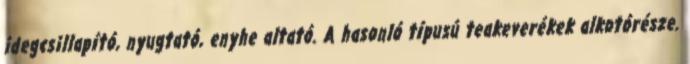
idegcsillapító, nyugtató, enyhe altató. A hasonló típusú teakeverékek alkotórésze.